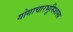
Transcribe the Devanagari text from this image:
योगाचारभूमिशास्त्र